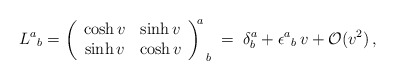
\begin{align*}L^{a}{}_{b}=\left( \begin{array}{cc}\cosh v & \sinh v\\\sinh v & \cosh v\end{array}\right) ^{\! \! a}_{\, \; b}\; =\; \delta ^{a}_{b}+\epsilon ^{a}{}_{b}\, v+\mathcal{O}(v^{2})\, ,\end{align*}